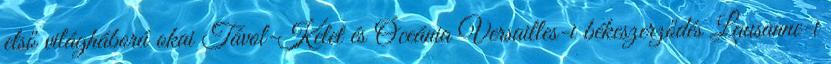
első világháború okai Távol-Kelet és Óceánia Versailles-i békeszerződés Lausanne-i